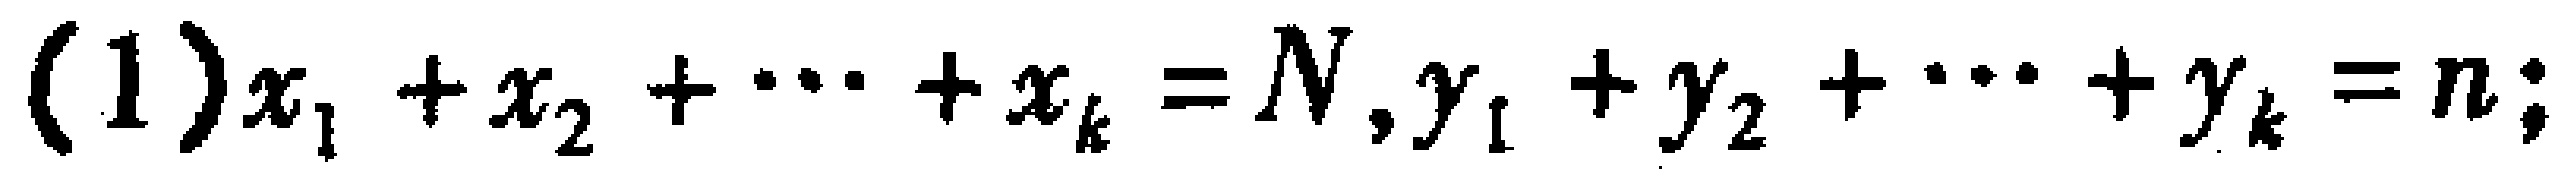
(1)$x_{1}+x_{2}+\cdots +x_{k}=N,y_{1}+y_{2}+\cdots +y_{k}=n;$